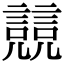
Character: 𧫘